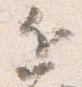
近